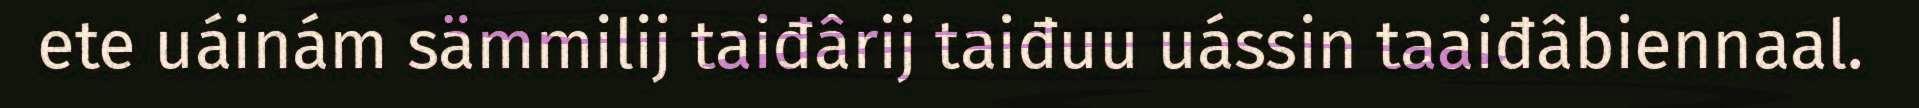
ete uáinám sämmilij taiđârij taiđuu uássin taaiđâbiennaal.